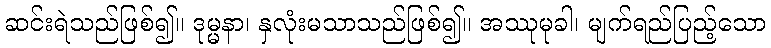
ဆင်းရဲသည်ဖြစ်၍။ ဒုမ္မနာ၊ နှလုံးမသာသည်ဖြစ်၍။ အဿုမုခါ၊ မျက်ရည်ပြည့်သော